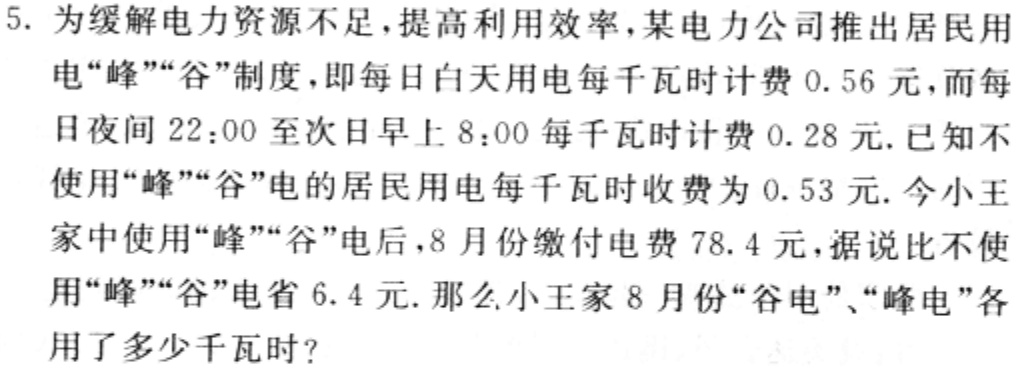
5. 为缓解电力资源不足，提高利用效率，某电力公司推出居民用电“峰”“谷”制度，即每日白天用电每千瓦时计费 \(0.56\) 元，而每日夜间 \(22:00\) 至次日早上 \(8:00\) 每千瓦时计费 \(0.28\) 元. 已知不使用“峰”“谷”电的居民用电每千瓦时收费为 \(0.53\) 元. 今小王家中使用“峰”“谷”电后，8月份缴付电费 \(78.4\) 元，据说比不使用“峰”“谷”电省 \(6.4\) 元. 那么小王家8月份“谷电”、“峰电”各用了多少千瓦时?